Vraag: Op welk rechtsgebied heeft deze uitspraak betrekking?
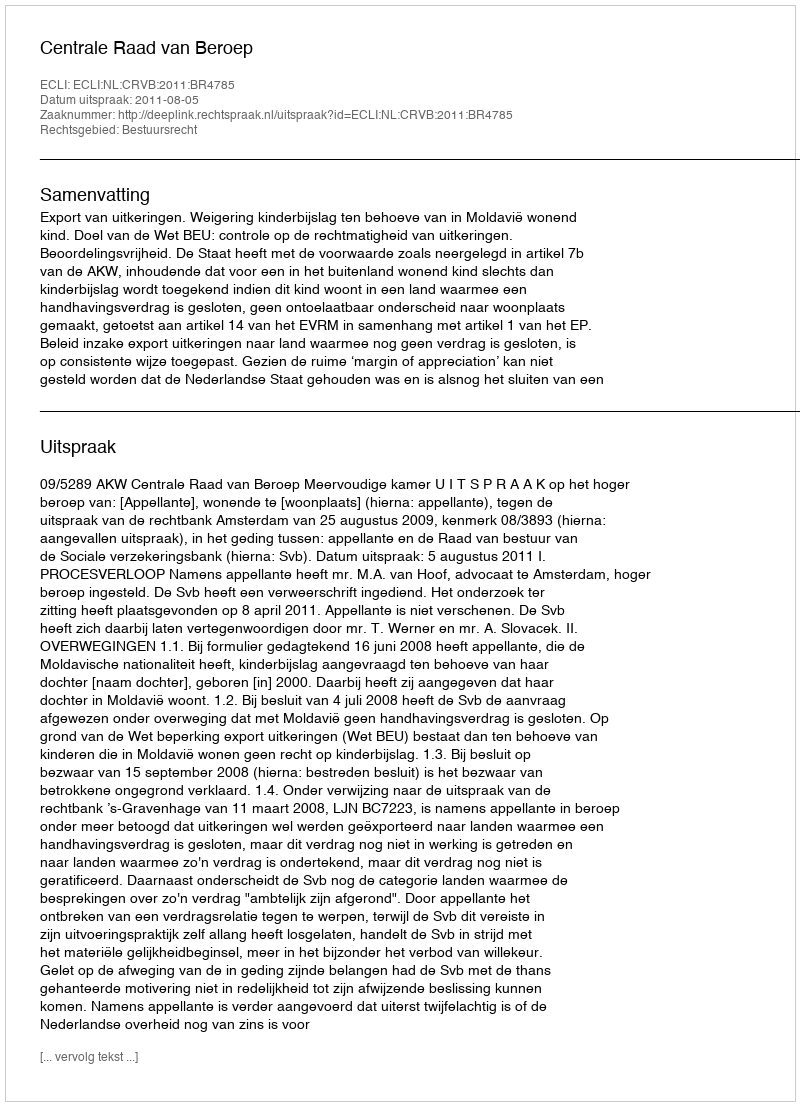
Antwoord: Bestuursrecht